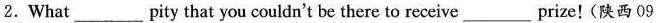
2. What___pity that you couldn't be there to receive___prize!(陕西09